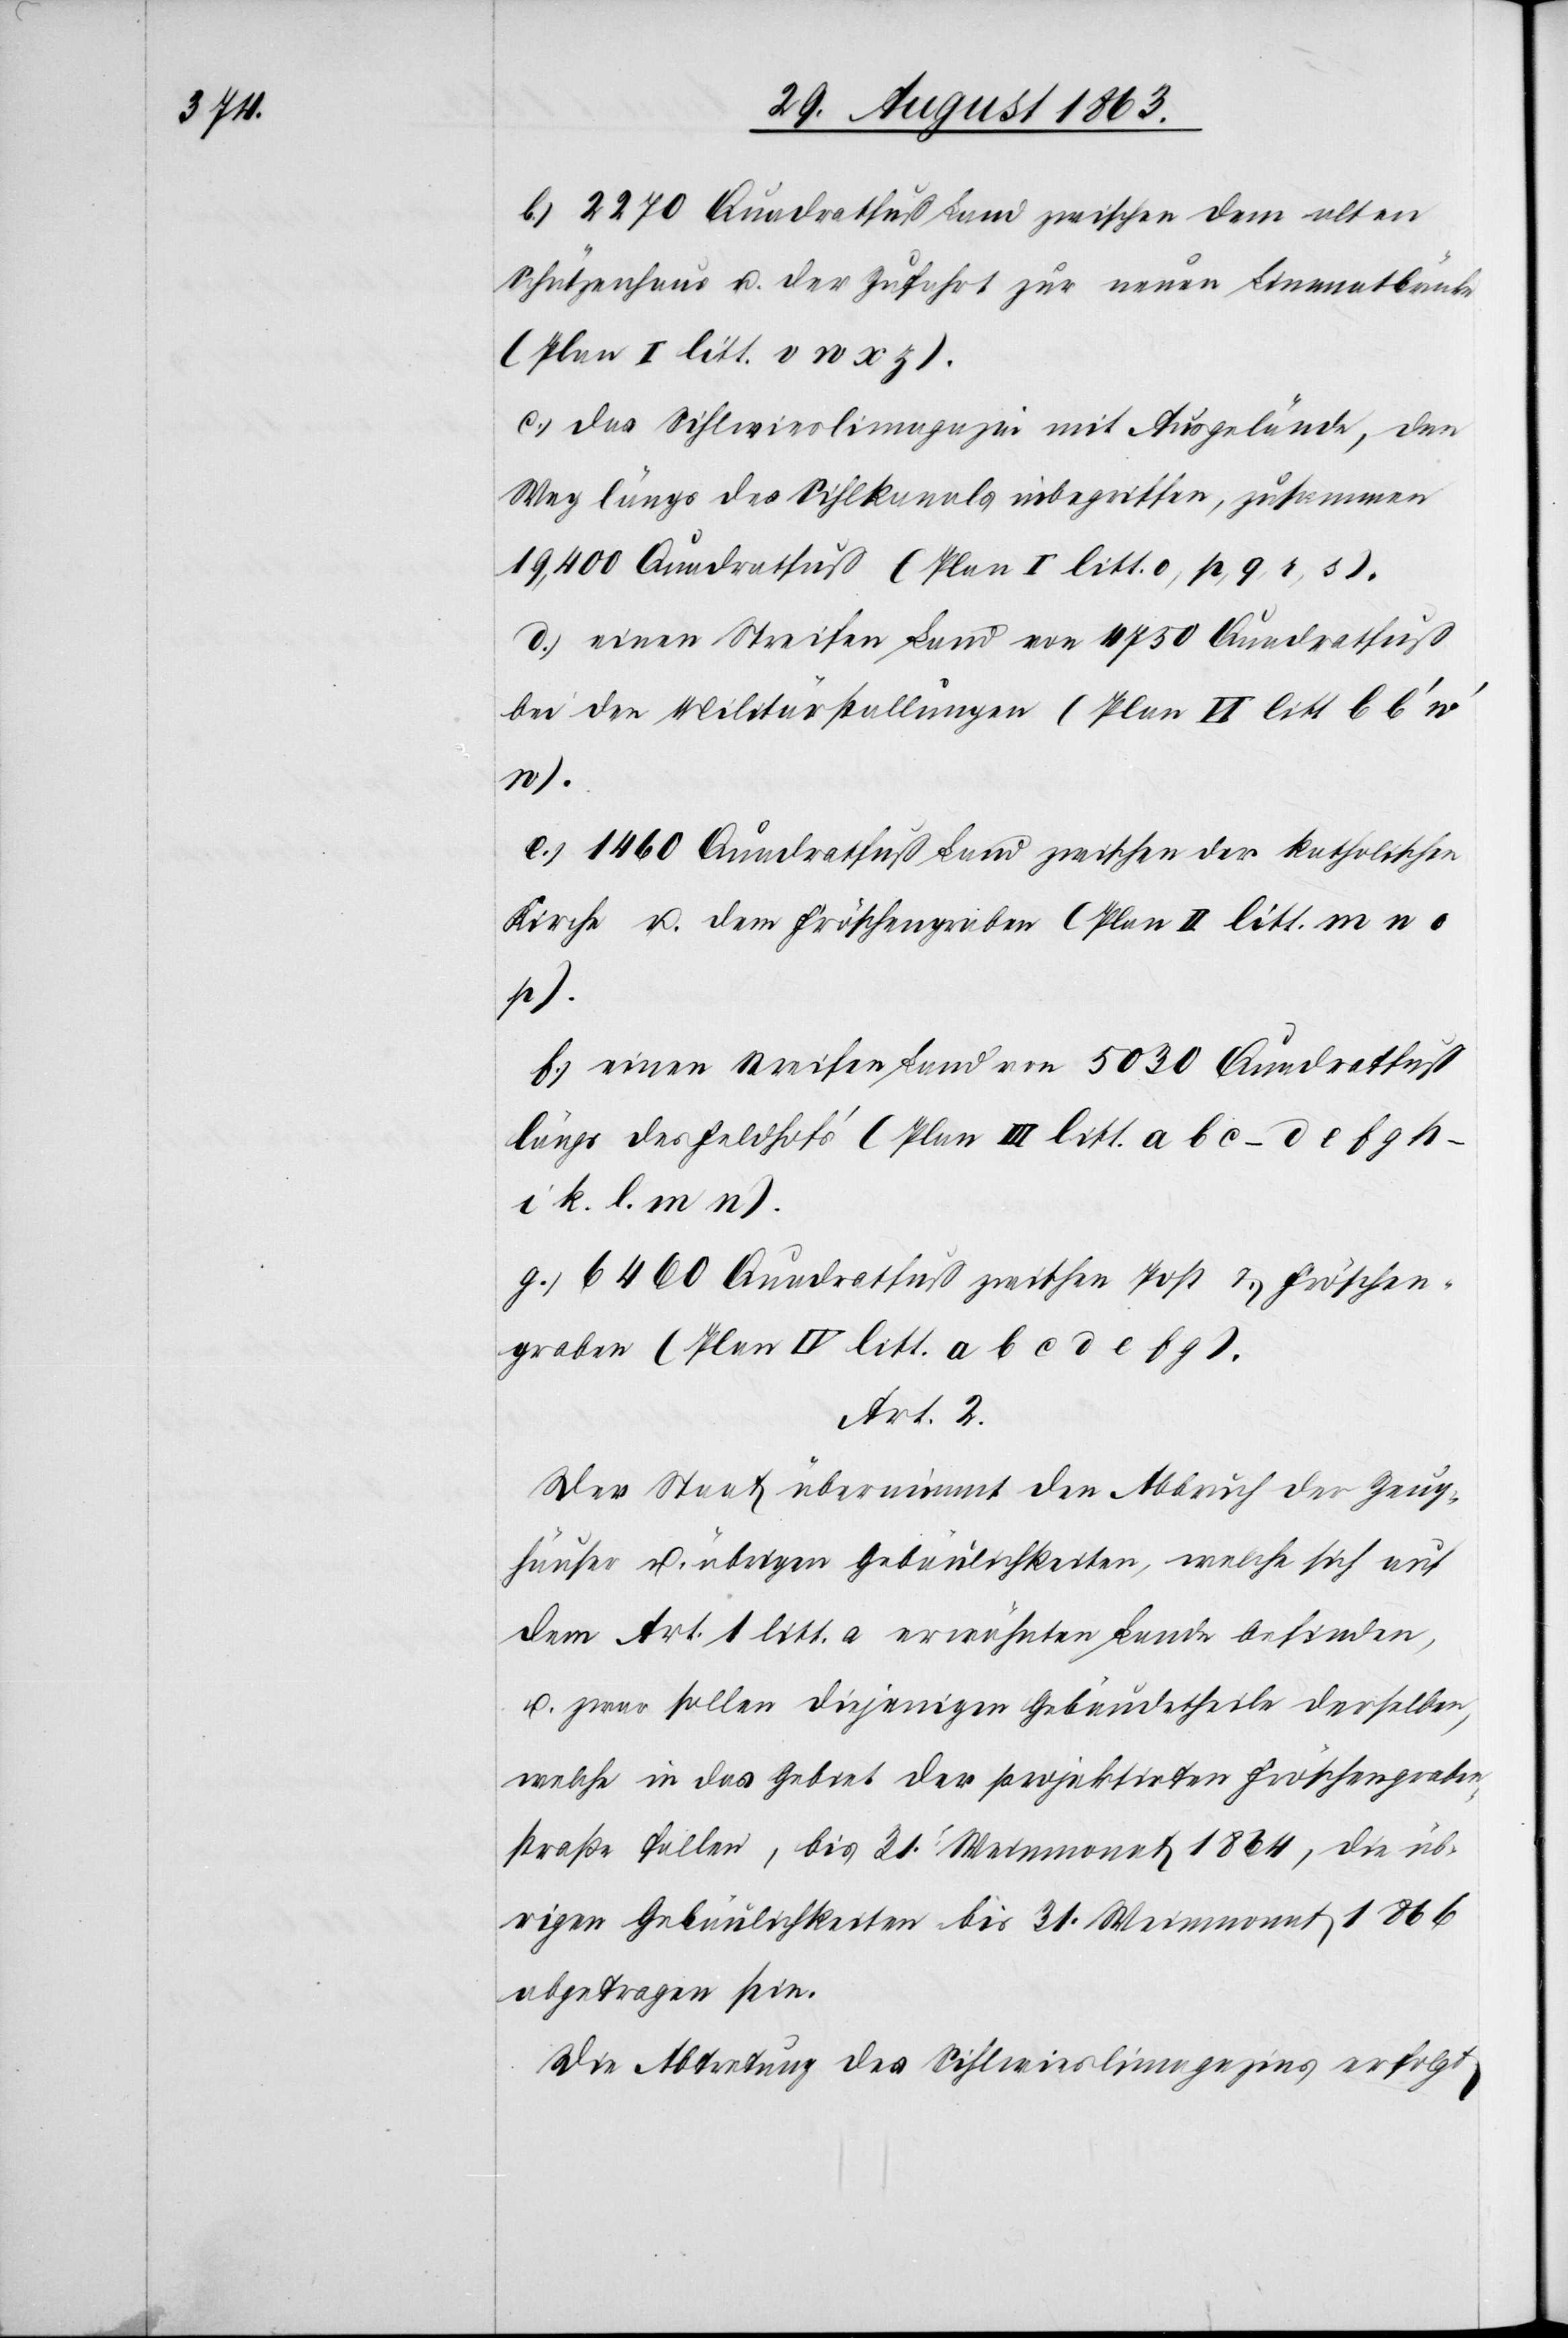
b.) 2270 Quadratfuß Land zwischen dem alten
Schützenhaus u. der Zufahrt zur neuen Limmatbrücke
(Plan I litt. v w x z).
c.) das Sihlwieslimagazin mit Ausgelände, den
Weg längs des Sihlkanals inbegriffen, zusammen
19,400 Quadratfuß (Plan I litt. o, p, q, r, s).
f.) einen Streifen Land von 5030 Quadratfuß
bei den Militärstallungen (Plan VI litt b b'
n).
e.) 1460 Quadratfuß Land zwischen der katholischen
Kirche u. dem Fröschengraben (Plan II litt. m n o
p).
längs des Feldhof's (Plan III litt. a b c – d e f g h –
i k. l. m n).
g.) 6460 Quadratfuß zwischen Post & Fröschen¬
graben (Plan IV litt. a b c d e f g).
Art. 2.
Der Staat übernimmt den Abbruch der Zeug¬
häuser u. übrigen Gebäulichkeiten, welche sich auf
dem Art. 1 litt. a erwähnten Lande befinden,
u. zwar sollen diejenigen Gebäudetheile derselben,
welche in das Gebiet der projektirten Fröschengraben¬
straße fallen, bis 31. Weinmonat 1864, die üb¬
rigen Gebäulichkeiten bis 31. Weinmonat 1866
abgetragen sein.
Die Abtretung des Sihlwieslimagazins erfolgt